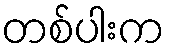
တစ်ပါးက